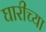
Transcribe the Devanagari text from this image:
घारीच्या